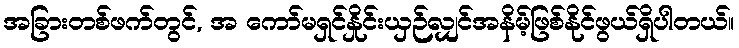
အခြားတစ်ဖက်တွင်, အ ကော်မရှင်နှိုင်းယှဉ်လျှင်အနိမ့်ဖြစ်နိုင်ဖွယ်ရှိပါတယ်။